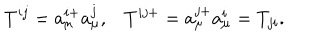
LaTeX: T ^ { i j } = a _ { \mu } ^ { i + } a _ { \mu } ^ { j } , T ^ { i j + } = a _ { \mu } ^ { j + } a _ { \mu } ^ { i } = T _ { j i } .